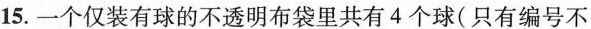
15.一个仅装有球的不透明布袋里共有4个球(只有编号不